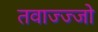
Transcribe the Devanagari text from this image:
तवाज्ज्जो